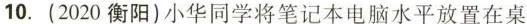
10.(2020衡阳)小华同学将笔记本电脑水平放置在桌